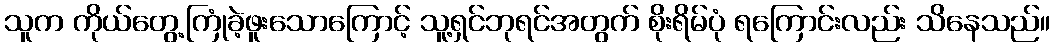
သူက ကိုယ်တွေ့ကြုံခဲ့ဖူးသောကြောင့် သူ့ရှင်ဘုရင်အတွက် စိုးရိမ်ပုံ ရကြောင်းလည်း သိနေသည်။